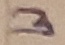
Text: 3